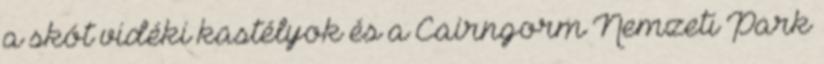
a skót vidéki kastélyok és a Cairngorm Nemzeti Park